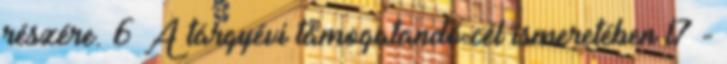
részére. 6 A tárgyévi támogatandó cél ismeretében l7 -